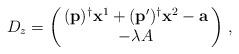
LaTeX: \begin{align*}D_z = \left( \begin{array}{@{\,}c@{\,}} (\mathbf{p})^{\dagger}\mathbf{x}^1 +(\mathbf{p}^{\prime})^{\dagger}\mathbf{x}^2 -\mathbf{a}\\ -\lambda A \end{array} \right)\,,\end{align*}